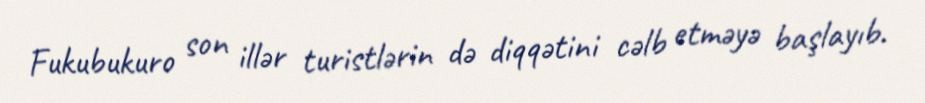
Fukubukuro son illər turistlərin də diqqətini cəlb etməyə başlayıb.